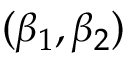
( \beta _ { 1 } , \beta _ { 2 } )